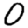
Digit: 0